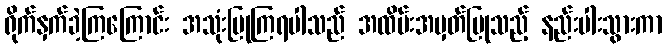
ရိုက်နှက်ခဲ့ကြကြောင်း အသုံးပြုကြရပါသည် အထိမ်းအမှတ်ပြုသည့် နည်းပါးသွားကာ